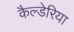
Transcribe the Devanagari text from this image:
कैल्डेरिया